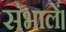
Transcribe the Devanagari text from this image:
संभालें।